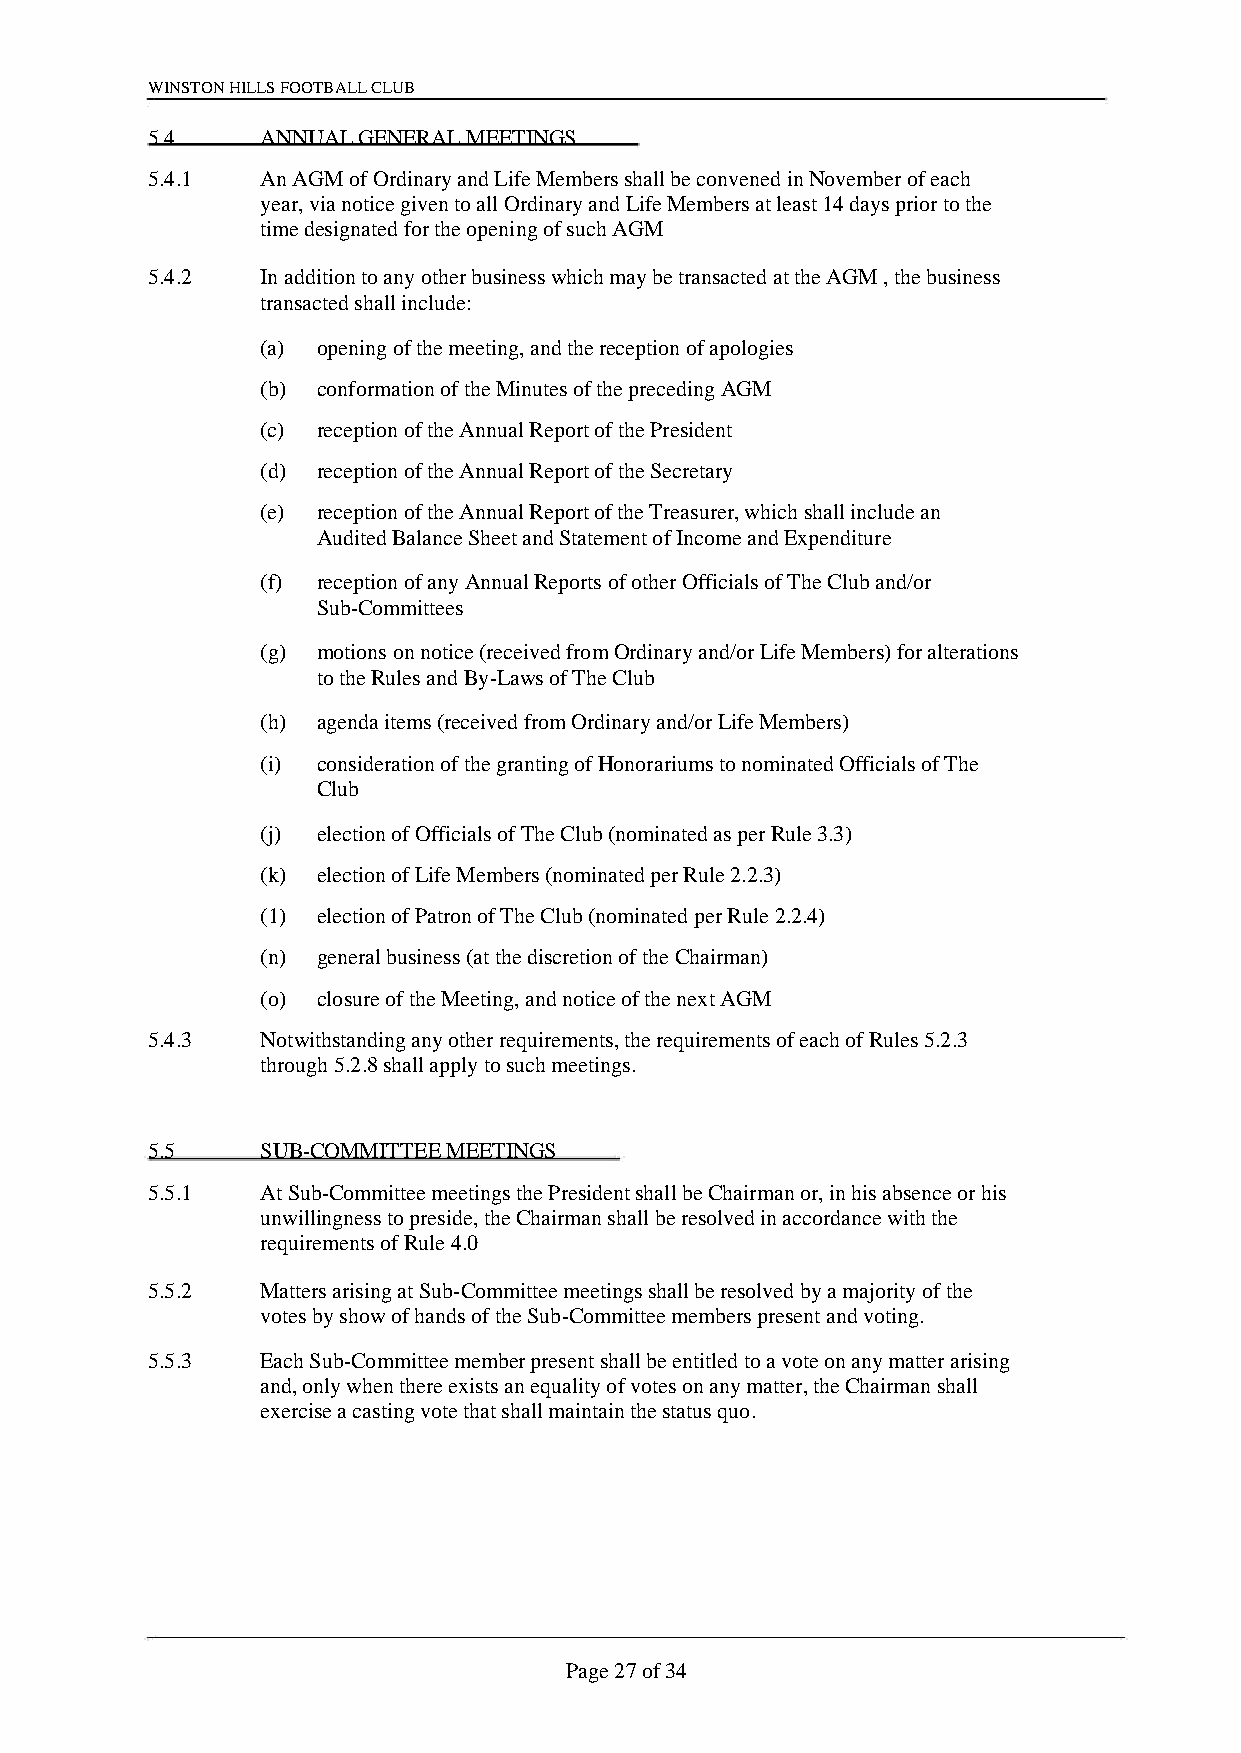
WINSTON HILLS FOOTBALL CLUB
 5.4    ANNUAL GENERAL MEETINGS
 5.4.1  An AGM of Ordinary and Life Members shall be convened in November of each
 year, via notice given to all Ordinary and Life Members at least 14 days prior to the
 time designated for the opening of such AGM
 5.4.2  In addition to any other business which may be transacted at the AGM , the business
 transacted shall include:
 (a) opening of the meeting, and the reception of apologies
 (b) conformation of the Minutes of the preceding AGM
 (c) reception of the Annual Report of the President
 (d) reception of the Annual Report of the Secretary
 (e) reception of the Annual Report of the Treasurer, which shall include an
 Audited Balance Sheet and Statement of Income and Expenditure
 (f) reception of any Annual Reports of other Officials of The Club and/or
 Sub-Committees
 (g) motions on notice (received from Ordinary and/or Life Members) for alterations
 to the Rules and By-Laws of The Club
 (h) agenda items (received from Ordinary and/or Life Members)
 (i) consideration of the granting of Honorariums to nominated Officials of The
 Club
 (j) election of Officials of The Club (nominated as per Rule 3.3)
 (k) election of Life Members (nominated per Rule 2.2.3)
 (1) election of Patron of The Club (nominated per Rule 2.2.4)
 (n) general business (at the discretion of the Chairman)
 (o) closure of the Meeting, and notice of the next AGM
 5.4.3  Notwithstanding any other requirements, the requirements of each of Rules 5.2.3
 through 5.2.8 shall apply to such meetings.
 5.5    SUB-COMMITTEE MEETINGS
 5.5.1  At Sub-Committee meetings the President shall be Chairman or, in his absence or his
 unwillingness to preside, the Chairman shall be resolved in accordance with the
 requirements of Rule 4.0
 5.5.2  Matters arising at Sub-Committee meetings shall be resolved by a majority of the
 votes by show of hands of the Sub-Committee members present and voting.
 5.5.3  Each Sub-Committee member present shall be entitled to a vote on any matter arising
 and, only when there exists an equality of votes on any matter, the Chairman shall
 exercise a casting vote that shall maintain the status quo.
 Page 27 of 34